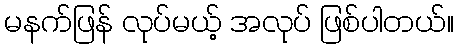
မနက်ဖြန် လုပ်မယ့် အလုပ် ဖြစ်ပါတယ်။